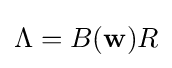
\Lambda =B(\mathbf {w} )R